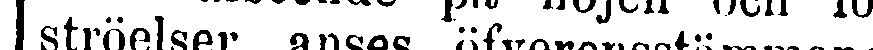
ströelser, anses öfverensstämmande